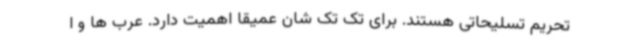
تحریم تسلیحاتی هستند. برای تک تک شان عمیقا اهمیت دارد. عرب ها و ا